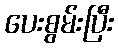
ပေးစွမ်းပြီး